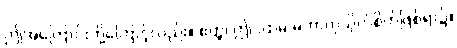
ဤအကြောင်းတို့ကြောင့်လည်း။ ဧတ္ထ၊ ဤပထမ မဟာကုသိုလ်စိတ်ဖြစ်ရာ၌။